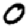
Digit: 0